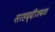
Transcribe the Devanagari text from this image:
सरहद्दीजवळ